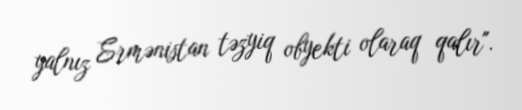
yalnız Ermənistan təzyiq obyekti olaraq qalır".